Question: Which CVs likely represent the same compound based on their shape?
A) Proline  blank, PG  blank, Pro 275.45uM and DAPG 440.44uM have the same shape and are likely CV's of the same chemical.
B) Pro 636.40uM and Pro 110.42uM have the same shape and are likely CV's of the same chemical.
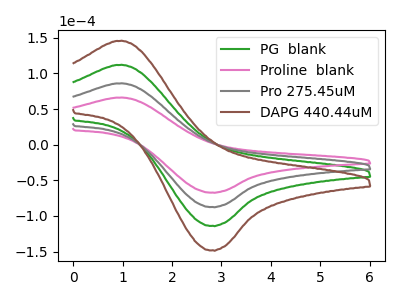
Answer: <think>The green curve "PG  blank" has an anodic peak at (1.00V, 171.90uA) and a cathodic peak at (2.80V, -174.90uA). The pink curve "Proline  blank" has an anodic peak at (1.00V, 66.05uA) and a cathodic peak at (2.80V, -67.20uA). The gray curve "Pro 275.45uM" has an anodic peak at (1.00V, 85.95uA) and a cathodic peak at (2.80V, -87.45uA). The brown curve "DAPG 440.44uM" has an anodic peak at (1.00V, 257.80uA) and a cathodic peak at (2.80V, -262.30uA).
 All the peaks in "PG  blank" have a peak in "Proline  blank" at the same potential. Every peak in "PG  blank" is higher than every peak in "Proline  blank". All the peaks in "PG  blank" have a peak in "Pro 275.45uM" at the same potential. Every peak in "PG  blank" is higher than every peak in "Pro 275.45uM". All the peaks in "PG  blank" have a peak in "DAPG 440.44uM" at the same potential. Every peak in "PG  blank" is lower than every peak in "DAPG 440.44uM". All the peaks in "Proline  blank" have a peak in "Pro 275.45uM" at the same potential. Every peak in "Proline  blank" is lower than every peak in "Pro 275.45uM". All the peaks in "Proline  blank" have a peak in "DAPG 440.44uM" at the same potential. Every peak in "Proline  blank" is lower than every peak in "DAPG 440.44uM". All the peaks in "Pro 275.45uM" have a peak in "DAPG 440.44uM" at the same potential. Every peak in "Pro 275.45uM" is lower than every peak in "DAPG 440.44uM".</think>
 <answer>A) "Proline  blank", "PG  blank", "Pro 275.45uM" and "DAPG 440.44uM" have the same shape and are likely CV's of the same chemical.</answer>
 <eval>A</eval>